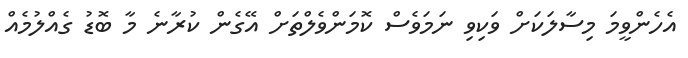
އެހެންވީމަ މިސާލަކަށް ވަކިވި ނަމަވެސް ކޮމަންވެލްތަށް އޭގެން ކުރާނެ މާ ބޮޑު ގެއްލުމެއް